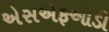
એસએફઓડી